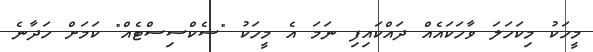
މީހަކު މިކަހަލަ ވާހަކައެއް ދައްކައިފި ނަމަ އެ މީހަކު "ސެކްސިސްޓެއް" ކަމަށް ހަދާނެ